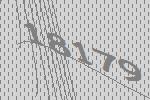
18179